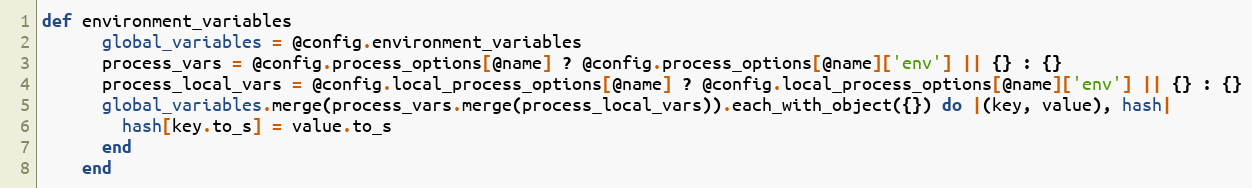
Language: Ruby
def environment_variables
      global_variables = @config.environment_variables
      process_vars = @config.process_options[@name] ? @config.process_options[@name]['env'] || {} : {}
      process_local_vars = @config.local_process_options[@name] ? @config.local_process_options[@name]['env'] || {} : {}
      global_variables.merge(process_vars.merge(process_local_vars)).each_with_object({}) do |(key, value), hash|
        hash[key.to_s] = value.to_s
      end
    end